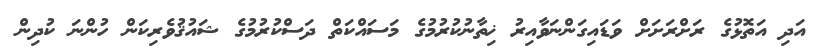
އަދި އަތޮޅުގެ ރަށްރަށަށް ވަޑައިގަންނަވާއިރު ޚިތާނުކުރުމުގެ މަސައްކަތް ދަސްކުރުމުގެ ޝައުޤުވެރިކަން ހުންނަ ކުދިން